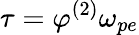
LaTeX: \tau=\varphi^{(2)}\omega_{pe}